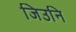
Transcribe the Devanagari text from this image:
जिउनि